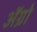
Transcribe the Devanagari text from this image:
अॅग्रो